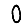
Digit: 0